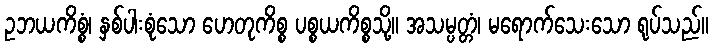
ဥဘယကိစ္စံ၊ နှစ်ပါးစုံသော ဟေတုကိစ္စ ပစ္စယကိစ္စသို့။ အသမ္ပတ္တံ၊ မရောက်သေးသော ရုပ်သည်။